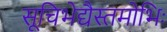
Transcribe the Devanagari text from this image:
सूचिभेद्यैस्तमोभिः